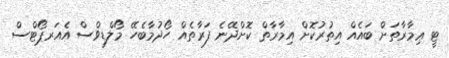
ޓީ ޢިމާރާތަށް ބައެއް އިތުރުކޮށް އިމާރާތް ކޮށްދޭނެ ފަރާތެއް ހޯދުމާބެހޭ މޯލްޑިވްސް އެއަރޕޯޓްސް